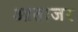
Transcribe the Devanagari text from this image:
आताजर